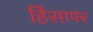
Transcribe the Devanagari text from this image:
हिंसापर